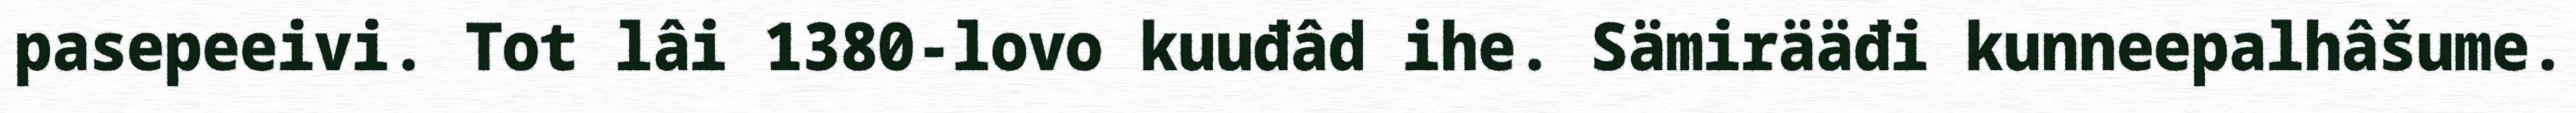
pasepeeivi. Tot lâi 1380-lovo kuuđâd ihe. Sämirääđi kunneepalhâšume.